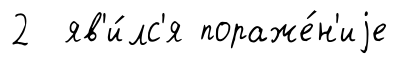
2 яв'и́лс'я пораже́н'иjе